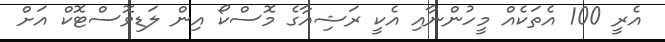
އެރީ 100 އެތަކެއް މީހުންނާއި އެކީ ރަޝިއާގެ މޮސްކޯ އިން ލަޑިވޮސްޓޮކް އަށް